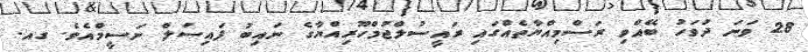
28 ވަނަ ދުވަހު ބޭއްވި ރަސްމިއްޔާތެއްގައި ރައީސުލްޖުމްހޫރިއްޔާގެ ނައިބު ފައިސަލް ނަސީމްއެވެ. ގއ.